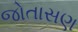
જોતાસણ